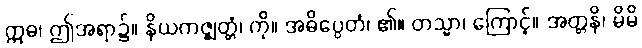
ဣဓ၊ ဤအရာ၌။ နိယကဇ္ဈတ္တံ၊ ကို။ အဓိပ္ပေတံ၊ ၏။ တသ္မာ၊ ကြောင့်။ အတ္တနိ၊ မိမိ